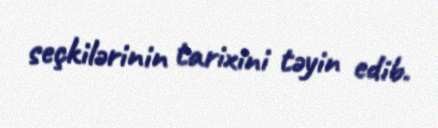
seçkilərinin tarixini təyin edib.